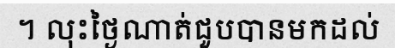
។ លុះថ្ងៃណាត់ជួបបានមកដល់